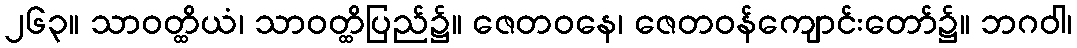
၂၆၃။ သာဝတ္ထိယံ၊ သာဝတ္ထိပြည်၌။ ဇေတဝနေ၊ ဇေတဝန်ကျောင်းတော်၌။ ဘဂဝါ၊